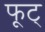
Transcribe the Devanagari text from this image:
फूट्